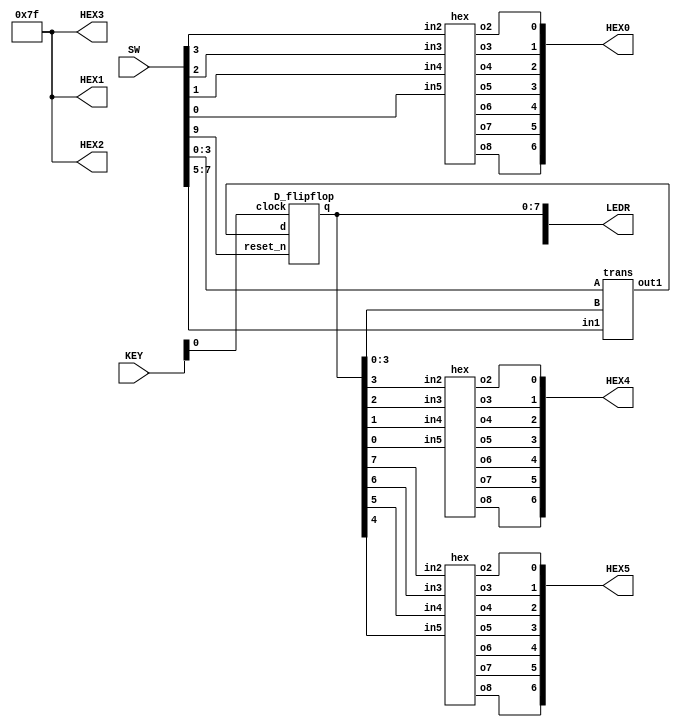
module mux(LEDR, SW, KEY, HEX0, HEX1, HEX2, HEX3, HEX4, HEX5);
    parameter Narrow = 8;
    wire [Narrow-1:0] outt;
    input [9:0] SW;
	 input [2:0] KEY;
    output [9:0] LEDR;
	 output [6:0] HEX0;
	 output [6:0] HEX1;
	 output [6:0] HEX2;
	 output [6:0] HEX3;
	 output [6:0] HEX4;
	 output [6:0] HEX5;

		  
	 trans u1(
        .A(SW[3:0]),
        .B(LEDR[3:0]),
		  .in1(SW[7:5]),
        .out1(outt)
        );
		  
	 D_flipflop a(
		  .d(outt),
		  .clock(KEY[0]),
		  .reset_n(SW[9]),
		  .q(LEDR[7:0])
		  );
	 
	 hex u2(
		  .in2(LEDR[3]),
		  .in3(LEDR[2]),
		  .in4(LEDR[1]),
		  .in5(LEDR[0]),
		  .o2(HEX4[0]),
		  .o3(HEX4[1]),
		  .o4(HEX4[2]),
		  .o5(HEX4[3]),
		  .o6(HEX4[4]),
		  .o7(HEX4[5]),
		  .o8(HEX4[6])
		  );
	 
	 hex u3(
		  .in2(LEDR[7]),
		  .in3(LEDR[6]),
		  .in4(LEDR[5]),
		  .in5(LEDR[4]),
		  .o2(HEX5[0]),
		  .o3(HEX5[1]),
		  .o4(HEX5[2]),
		  .o5(HEX5[3]),
		  .o6(HEX5[4]),
		  .o7(HEX5[5]),
		  .o8(HEX5[6])
		  );
	 
	 hex A(
		  .in2(SW[3]),
		  .in3(SW[2]),
		  .in4(SW[1]),
		  .in5(SW[0]),
		  .o2(HEX0[0]),
		  .o3(HEX0[1]),
		  .o4(HEX0[2]),
		  .o5(HEX0[3]),
		  .o6(HEX0[4]),
		  .o7(HEX0[5]),
		  .o8(HEX0[6])
		  );
		  

	 
	 assign HEX1[6] = 1;
	 assign HEX1[5] = 1;
	 assign HEX1[4] = 1;
	 assign HEX1[3] = 1;
	 assign HEX1[2] = 1;
	 assign HEX1[1] = 1;
	 assign HEX1[0] = 1;
	 
	 assign HEX2[6] = 1;
	 assign HEX2[5] = 1;
	 assign HEX2[4] = 1;
	 assign HEX2[3] = 1;
	 assign HEX2[2] = 1;
	 assign HEX2[1] = 1;
	 assign HEX2[0] = 1;
	 
	 assign HEX3[6] = 1;
	 assign HEX3[5] = 1;
	 assign HEX3[4] = 1;
	 assign HEX3[3] = 1;
	 assign HEX3[2] = 1;
	 assign HEX3[1] = 1;
	 assign HEX3[0] = 1;
		  
endmodule

module D_flipflop(d, clock, reset_n, q);
	 parameter Narrow = 8;
	 parameter N = 1;
    input [Narrow-1:0] d;
	 input [N-1:0] clock;
	 input [N-1:0] reset_n;
	 output [Narrow-1:0] q;
	 reg [Narrow-1:0] q;
	 
	 always @(posedge clock)
	 begin	 
		if (reset_n == 1'b0)
		    q <= 0;
		else
		    q <= d;
	 end
endmodule

module trans(A, B, in1, out1);
    parameter Width = 8;
	 parameter Narrow = 4;
	 parameter W = 3;
    input [Narrow-1:0] A;
	 input [Narrow-1:0] B;
	 input [W-1:0] in1;
    output [Width-1:0]out1;
	 reg [Width-1:0]out1;
	 wire c_out1, c_out2;
	 wire [Narrow-1:0] s_out1;
	 wire [Narrow-1:0] s_out2;
	 
	 adder b1(
	     .a(A),
		  .b(B),
		  .c(1'b0),
		  .outc(c_out1),
		  .outs(s_out1)
		  );
	 
	 adder b2(
	     .a(A),
		  .b(4'b0001),
		  .c(1'b0),
		  .outc(c_out2),
		  .outs(s_out2)
		  );
		  
	 always @(*)
	 begin	 
		case(in1)
			3'b000: out1 = A * B;
			3'b001: out1 = {A | B, A ^ B};
			3'b010: out1 = {c_out1, s_out1};
			3'b011: out1 = A + B;
			3'b100: out1 = {c_out2, s_out2};
			3'b101: out1 = |A | |B;
			3'b110: out1 = B << A;
			3'b111: out1 = B >> A;
			default: out1 = 8'b0000_0000;
	   endcase
	 end
endmodule

module adder(a, b, c, outc, outs);
    parameter Narrow = 4;
    input [Narrow-1:0] a;
	 input [Narrow-1:0] b;
	 input c;
    output outc;
	 output [Narrow-1:0] outs;
	 wire connect1, connect2, connect3;

    full_adder e(
        .A(a[0]),
		  .B(b[0]),
		  .cin(c),
		  .S(outs[0]),
		  .cout(connect1)
        );
		  
    full_adder f(
        .A(a[1]),
		  .B(b[1]),
		  .cin(connect1),
		  .S(outs[1]),
		  .cout(connect2)
        );

     full_adder g(
        .A(a[2]),
		  .B(b[2]),
		  .cin(connect2),
		  .S(outs[2]),
		  .cout(connect3)
        );  
		  
	  full_adder h(
        .A(a[3]),
		  .B(b[3]),
		  .cin(connect3),
		  .S(outs[3]),
		  .cout(outc)
        );  
endmodule

module full_adder(A, B, cin, S, cout);
    input A; 
    input B;
	 input cin; 
    output S;
	 output cout;
  
    assign cout = A&B | A&cin | B&cin;
	 assign S = A ^ B ^ cin;

endmodule

module hex(in2, in3, in4, in5, o2, o3, o4, o5, o6, o7, o8);
    input in2;
	 input in3;
	 input in4;
	 input in5;
    output o2;
	 output o3;
	 output o4;
	 output o5;
	 output o6;
	 output o7;
	 output o8;

    hex0 u1(
        .c3(in2),
        .c2(in3),
		  .c1(in4),
        .c0(in5),
        .out1(o2)
        );
		  
    hex1 u2(
        .c3(in2),
        .c2(in3),
		  .c1(in4),
        .c0(in5),
        .out2(o3)
        );
    
	 hex2 u3(
        .c3(in2),
        .c2(in3),
		  .c1(in4),
        .c0(in5),
        .out3(o4)
        ); 
		  
    hex3 u4(
        .c3(in2),
        .c2(in3),
		  .c1(in4),
        .c0(in5),
        .out4(o5)
        );
		 
    hex4 u5(
        .c3(in2),
        .c2(in3),
		  .c1(in4),
        .c0(in5),
        .out5(o6)
        ); 
		  
    hex5 u6(
        .c3(in2),
        .c2(in3),
		  .c1(in4),
        .c0(in5),
        .out6(o7)
        );
		 
    hex6 u7(
        .c3(in2),
        .c2(in3),
		  .c1(in4),
        .c0(in5),
        .out7(o8)
        );
endmodule

module hex0(c3, c2, c1, c0, out1);
    input c3; //selected when s is 0
    input c2; //selected when s is 1
    input c1; //select signal
	 input c0;
    output out1; //output
  
    assign out1 = ~c3 & c2 & ~c1 & ~c0 | c3 & c2 & ~c1 & c0 | c3 & ~c2 & c1 & c0 | ~c3 & ~c2 & ~c1 & c0;

endmodule

module hex1(c3, c2, c1, c0, out2);
    input c3; //selected when s is 0
    input c2; //selected when s is 1
    input c1; //select signal
	 input c0;
    output out2; //output
  
    assign out2 = c2 & c1 & ~c0 | c3 & c1 & c0 | ~c3 & c2 & ~c1 & c0 | c3 & c2 & ~c0;

endmodule

module hex2(c3, c2, c1, c0, out3);
    input c3; //selected when s is 0
    input c2; //selected when s is 1
    input c1; //select signal
	 input c0;
    output out3; //output
  
    assign out3 = ~c3 & ~c2 & c1 & ~c0 | c3 & c2 & c1 | c3 & c2 & ~c0;

endmodule

module hex3(c3, c2, c1, c0, out4);
    input c3; //selected when s is 0
    input c2; //selected when s is 1
    input c1; //select signal
	 input c0;
    output out4; //output
  
    assign out4 = ~c3 & c2 & ~c1 & ~c0 | ~c2 & ~c1 & c0 | c2 & c1 & c0 | c3 & ~c2 & c1 & ~c0;

endmodule

module hex4(c3, c2, c1, c0, out5);
    input c3; //selected when s is 0
    input c2; //selected when s is 1
    input c1; //select signal
	 input c0;
    output out5; //output
  
    assign out5 = ~c3 & c2 & ~c1 | ~c2 & ~c1 & c0 | ~c3 & c0;

endmodule

module hex5(c3, c2, c1, c0, out6);
    input c3; //selected when s is 0
    input c2; //selected when s is 1
    input c1; //select signal
	 input c0;
    output out6; //output
  
    assign out6 = ~c3 & ~c2 & c0 | ~c3 & ~c2 & c1 | ~c3 & c1 & c0 | c3 & c2 & ~c1 & c0;

endmodule

module hex6(c3, c2, c1, c0, out7);
    input c3; //selected when s is 0
    input c2; //selected when s is 1
    input c1; //select signal
	 input c0;
    output out7; //output
  
    assign out7 = ~c3 & ~c2 & ~c1 | c3 & c2 & ~c1 & ~c0 | ~c3 & c2 & c1 & c0;

endmodule